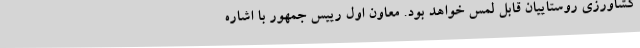
کشاورزی روستاییان قابل لمس خواهد بود. معاون اول رییس جمهور با اشاره